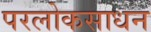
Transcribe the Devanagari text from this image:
परलोकसाधन